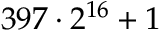
3 9 7 \cdot 2 ^ { 1 6 } + 1